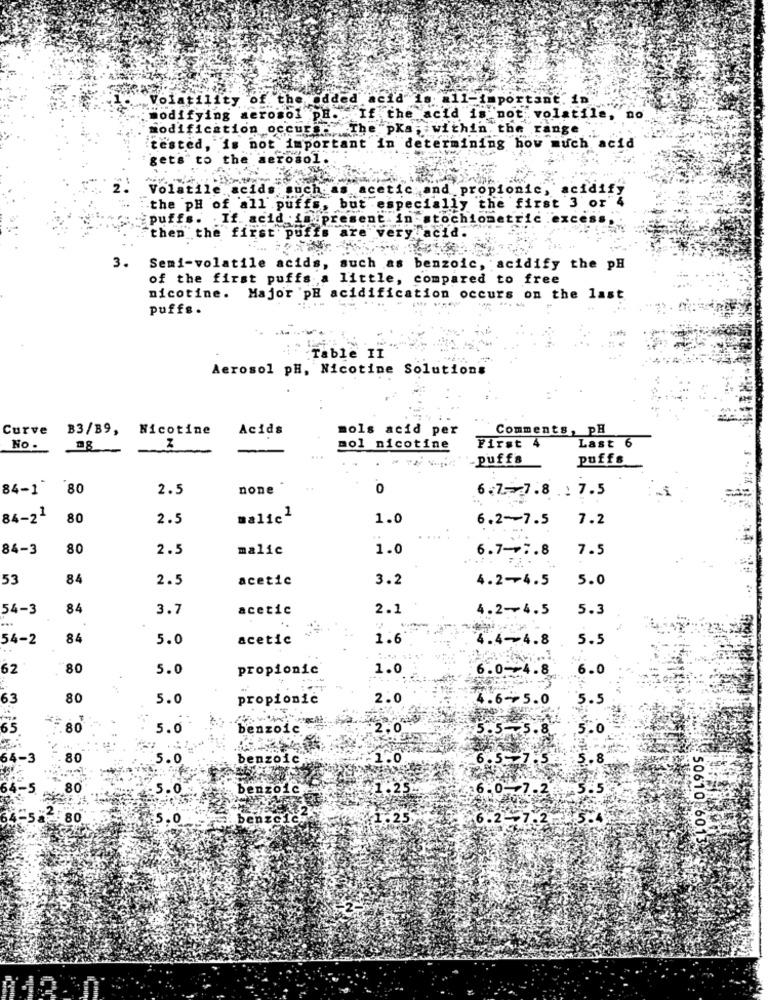
Volatili
the added acid"
n11-1
portant. in
modifying
erosol PH ..
"If the
cid
"not volatile, no
modification occurs .....
The pka;
:within.
he range
tested, is not important in det
mining how much acid
gets to the aerosol.
Volatile acids such as acetic; and.
ropionic
acidif
the first 3 or"4
: the pH of all puffs, but especial.
puffs
. If. acid . im pr
ent
stochiometric .
irst puffs are very acid
then the first pu
è"vei
3.
Semi-volatile acids, such as
benzoic, acidify the pH
of the first puffs a little, compared to free
nicotine. Major 'pH acidification occurs on the last
puffs.
Table II
Aerosol pH, Nicotine Solutions
Curve B3/B9, Nicotine
Acids
mols acid per
Comments, pH
Last 6
No .
ON
mol nicotine
First 4
puffs
puffs
84-1
80
2.5
none
o
6.7-7.8 .: 7.5
84-21
80
2.5
malic1
1.0
6.2-7.5
7.2
84-3
80
2.5
malic
1.0
6.7-+7.8
7.5
53
84
2.5
acetic
3.2
4.2-4.5
5.0
54-3
84
3.7
acetic
2.1
4.2-4.5
5.3
54-2
84
5.0
acetic
1.6
4.4-4.8
5.5
62
80
5.0
propionic
1.0
6.0-4.8
6.0
63
80
5.0
propionic
2.0
4.6-5.0
5.5
6'5
80
5.0
benzoic
5.8
5.0
64-3
80
5.0
benzoi
1.0
. 8
80
.0
benzoic
1 .25-
0-7.2
50610
80
.0
benzcic
$60.1.